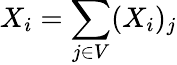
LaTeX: X_{i}=\sum_{j\in V}(X_{i})_{j}